King Institute of Preventive Medicine Micro-Biological Section reports 1912-19
Year: 1912
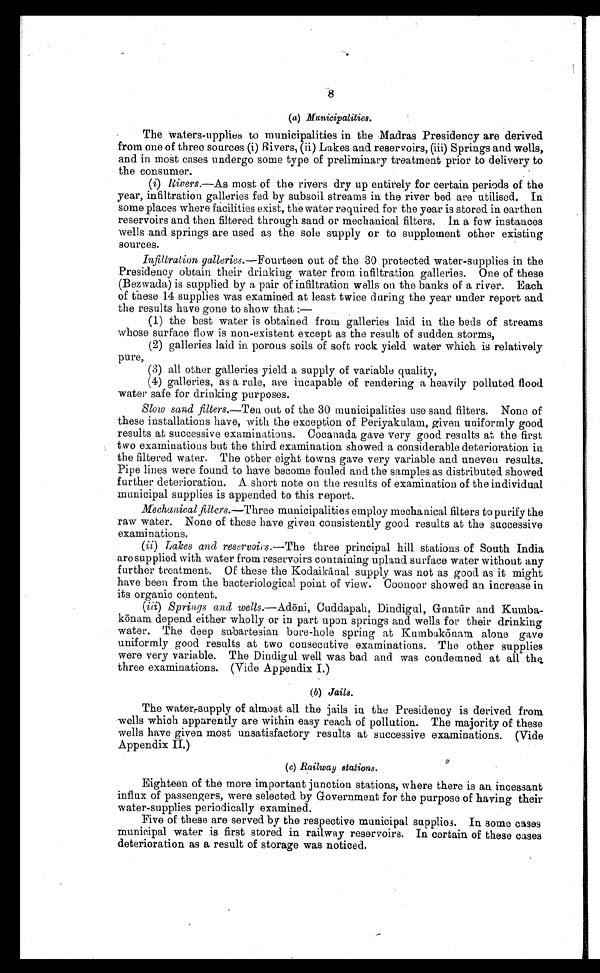
8
(a) Municipalities.
The waters-upplies to municipalities in the Madras Presidency are derived
from one of three sources (i) Rivers, (ii) Lakes and reservoirs, (iii) Springs and wells,
and in most cases undergo some type of preliminary treatment prior to delivery to
the consumer.
(i) Rivers.—As most of the rivers dry up entirely for certain periods of the
year, infiltration galleries fed by subsoil streams in the river bed are utilised. In
some places where facilities exist, the water required for the year is stored in earthen
reservoirs and then filtered through sand or mechanical filters. In a few instances
wells and springs are used as the sole supply or to supplement other existing
sources.
Infiltration galleries.—Fourteen out of the 30 protected water-supplies in the
Presidency obtain their drinking water from infiltration galleries. One of these
(Bezwada) is supplied by a pair of infiltration wells on the banks of a river. Each
of these 14 supplies was examined at least twice during the year under report and
the results have gone to show that:
—
(1) the best water is obtained from galleries laid in the beds of streams
whose surface flow is non-existent except as the result of sudden storms,
(2) galleries laid in porous soils of soft rock yield water which is relatively
pure,
(3) all other galleries yield a supply of variable quality,
(4) galleries, as a rule, are incapable of rendering a heavily polluted flood
water safe for drinking purposes.
Slow sand filters.—Ten out of the 30 municipalities use sand filters. None of
these installations have, with the exception of Periyakulam, given uniformly good
results at successive examinations. Cocanada gave very good results at the first
two examinations but the third examination showed a considerable deterioration in
the filtered water. The other eight towns gave very variable and uneven results.
Pipe lines were found to have become fouled and the samples as distributed showed
further deterioration. A short note on the results of examination of the individual
municipal supplies is appended to this report.
Mechanical filters.—Three municipalities employ mechanical filters to purify the
raw water. None of these have given consistently good results at the successive
examinations.
(ii) Lakes and reservoirs. —The three principal hill stations of South India
are supplied with water from reservoirs containing upland surface water without any
further treatment. Of these the Kodaikānal supply was not as good as it might
have been from the bacteriological point of view. Coonoor showed an increase in
its organic content.
(iii) Springs and wells.—Adōni, Cuddapah, Dindigul, Gunt ū r and Kumba
-kō nam depend either wholly or in part upon springs and wells for their drinking
water. The deep subartesian bore-hole spring at Kumbak ō nam alone gave
uniformly good results at two consecutive examinations. The other supplies
were very variable. The Dindigul well was bad and was condemned at all the
three examinations. (Vide Appendix I.)
(b) Jails.
The water-supply of almost all the jails in the Presidency is derived from
wells which apparently are within easy reach of pollution. The majority of these
wells have given most unsatisfactory results at successive examinations. (Vide
Appendix II.)
( c) Railway stations.
Eighteen of the more important junction stations, where there is an incessant
influx of passengers, were selected by Government for the purpose of having their
water-supplies periodically examined.
Five of these are served by the respective municipal supplies. In some cases
municipal water is first stored in railway reservoirs. In certain of these cases
deterioration as a result of storage was noticed.